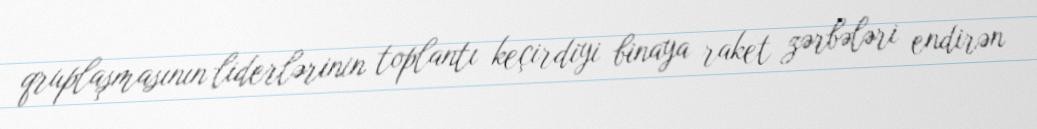
qruplaşmasının liderlərinin toplantı keçirdiyi binaya raket zərbələri endirən